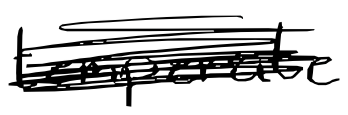
Text: temperate
Cross-out: scratch
Writing tool: digital_black